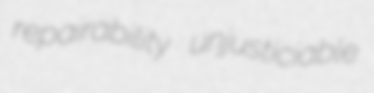
repairability unjusticiable